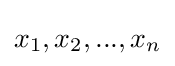
x_{1},x_{2},...,x_{n}